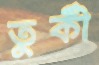
তুর্কী